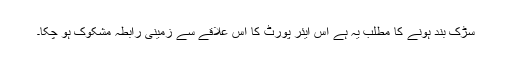
سڑک بند ہونے کا مطلب یہ ہے اس ایئر پورٹ کا اس علاقے سے زمینی رابطہ مشکوک ہو چکا۔